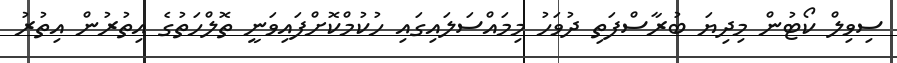
ސިވިލް ކޯޓުން މިދިޔަ ބުރާސްފަތި ދުވަހު މިމައްސަލައިގައި ހުކުމްކޮށްފައިވަނީ ތޮލްހަތުގެ އިތުރުން އިތުރު